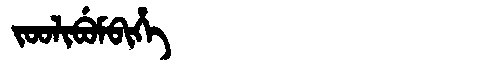
Manchu: ᠵᠣᠣᠯᡳᠪᡠᠮᠪᡳᡥᡝ
Romanization: JOOLIBUMBIHE